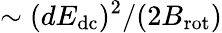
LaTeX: \sim(dE_{\mathrm{dc}})^{2}/(2B_{\mathrm{rot}})